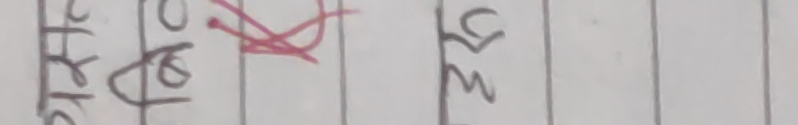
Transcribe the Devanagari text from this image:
श्रृंगार चित्र ९४